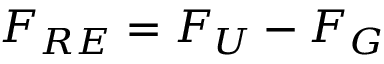
F _ { R E } = F _ { U } - F _ { G }